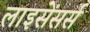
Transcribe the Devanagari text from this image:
लाइसेंसर्स